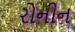
રોનીન